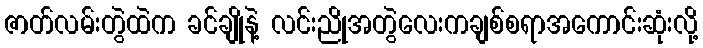
ဇာတ်လမ်းတွဲထဲက ခင်ချိုနဲ့ လင်းညိုအတွဲလေးကချစ်စရာအကောင်းဆုံးလို့